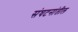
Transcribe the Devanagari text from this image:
संघटनांतील